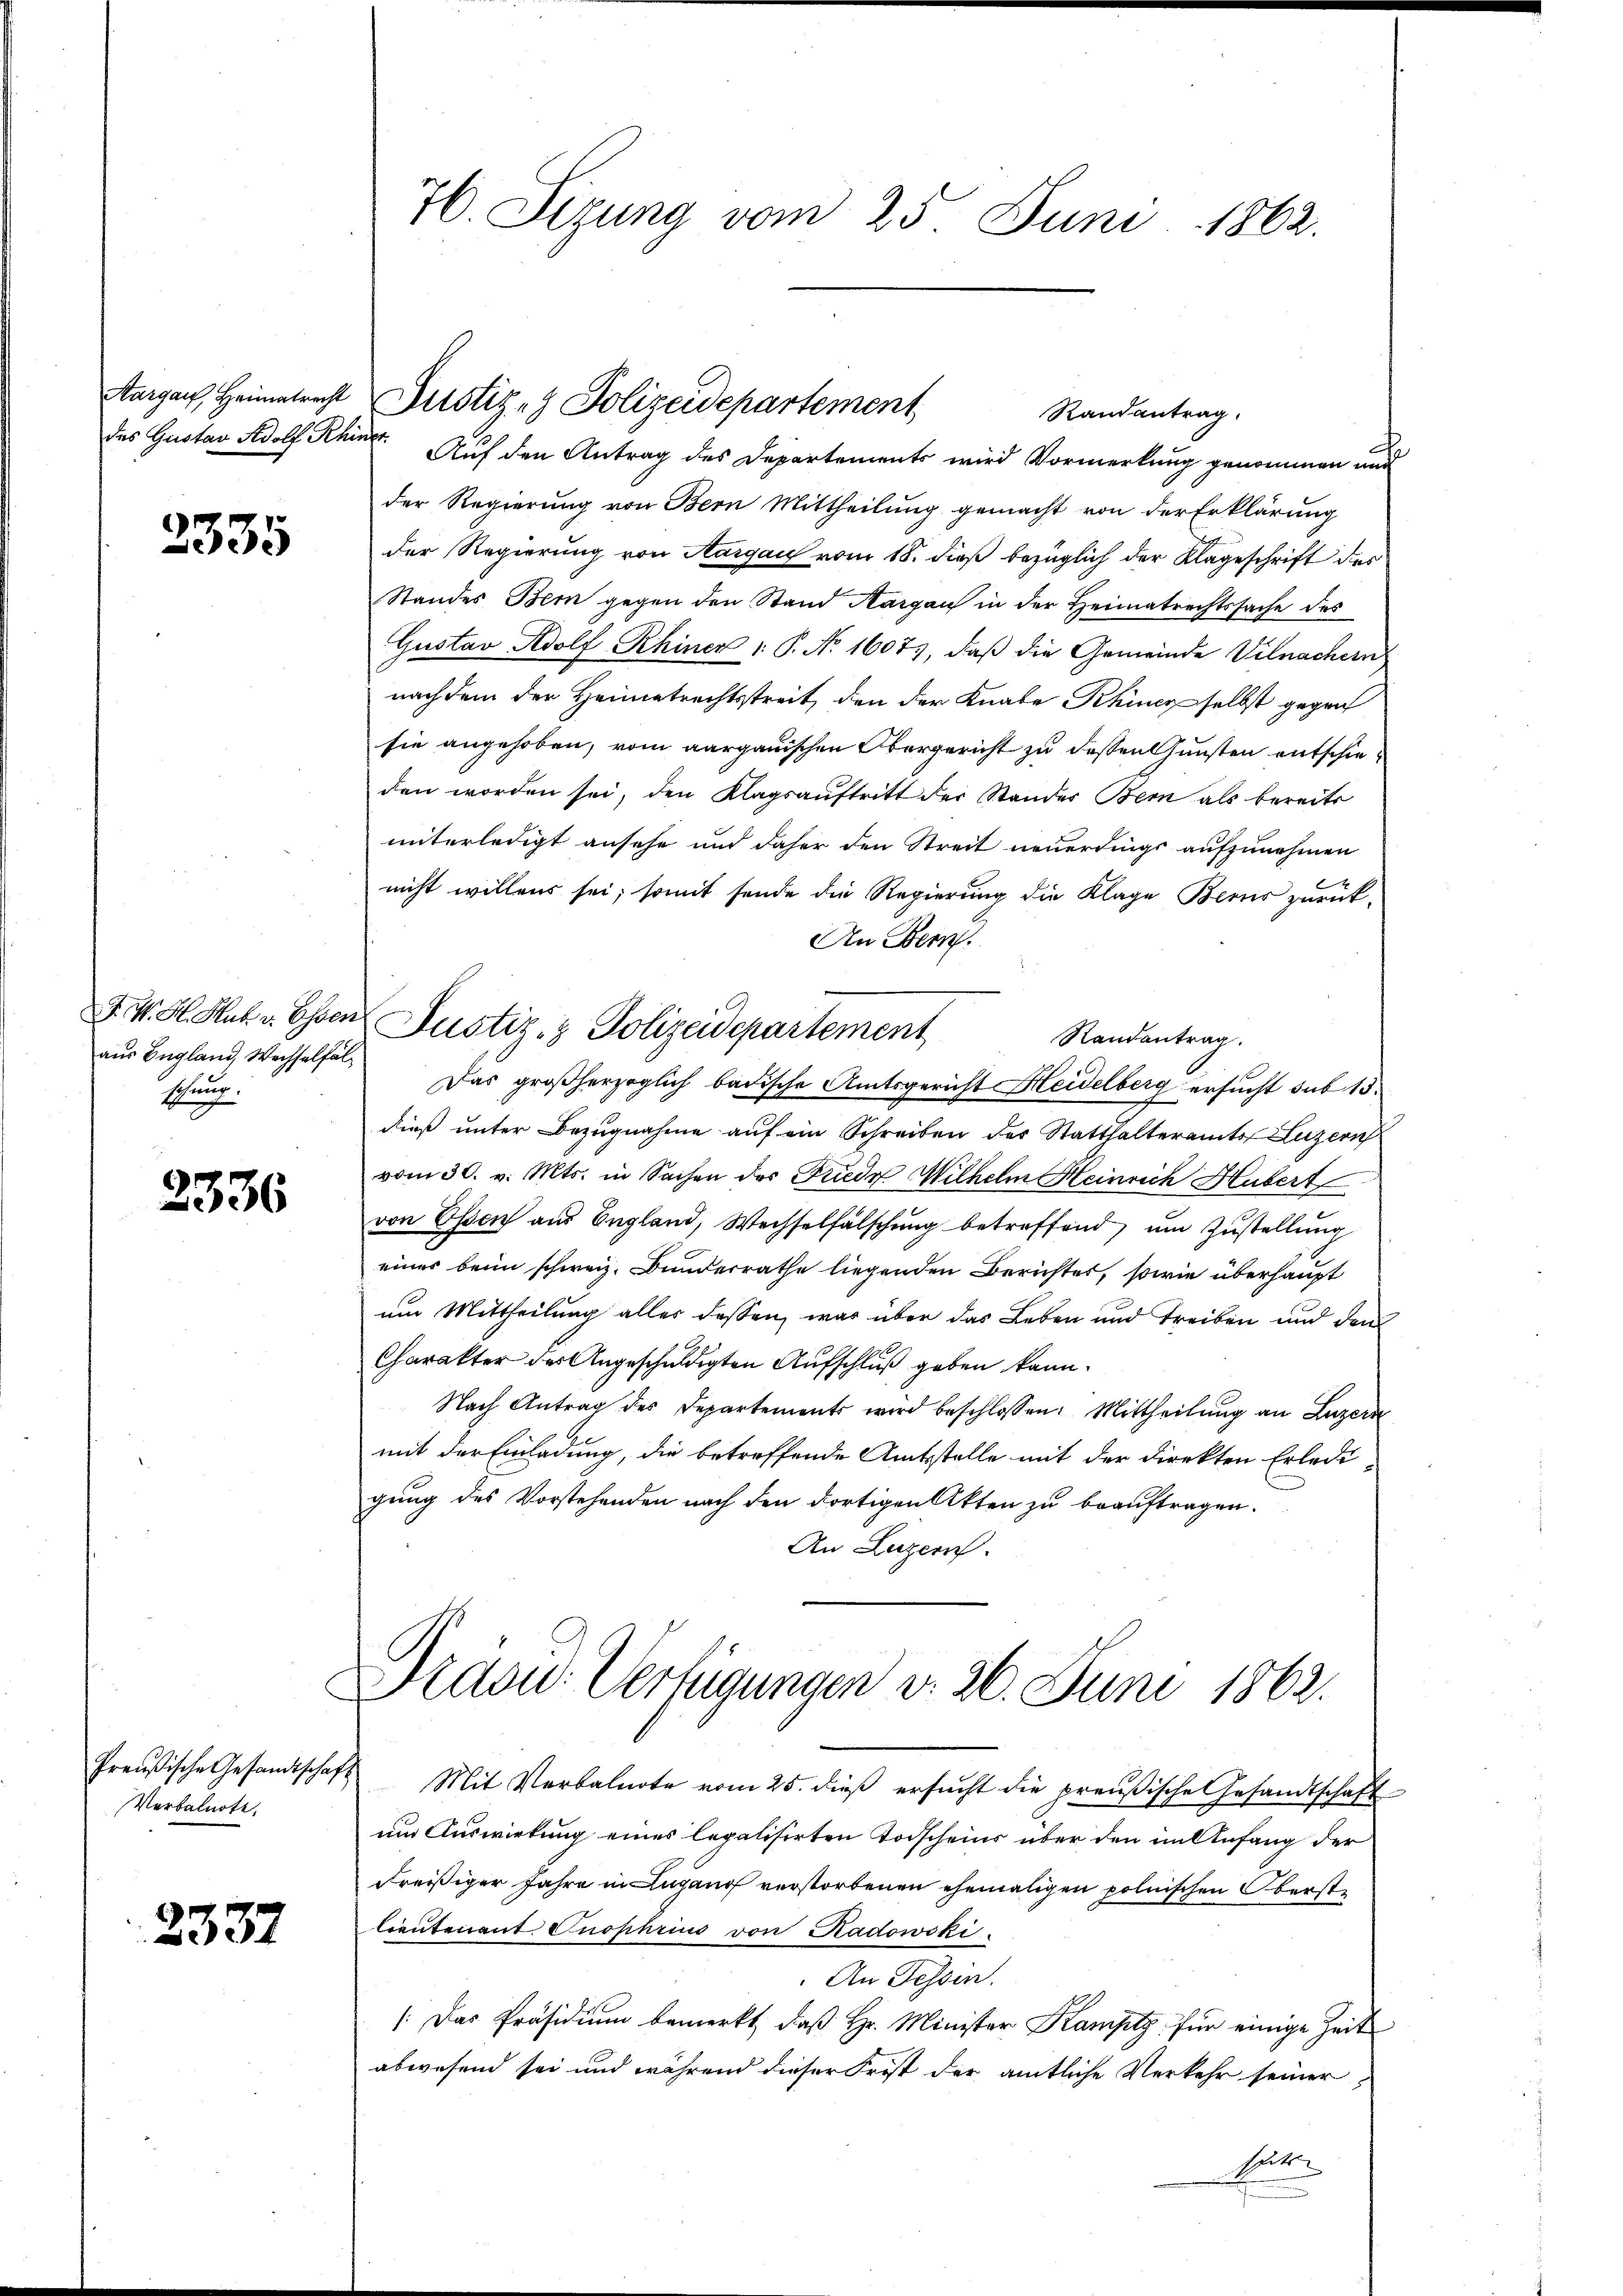
2335

aus England, Wachselfäl¬
Echung.

3336

Preußische Gesandtschaf
Verbalnote,

2337

76. Sizung vom 25. Juni 1862.

Aargau, Heimatrecht Justiz - Polizeidepartement

das Gustav Adolf Keiner Auf den Antrag des Departements wird Vormerkung genommen um
der Regierung von Bern Mittheilung gemacht von der Erklärung
der Regierung von Aargau vom 18. dieß bezüglich der Klageschrift des
Standes Bei gegen den Stand Aargau in der Heimatrechtssache des
Gustav Adolf Rhiner 1. P. No. 1607, daß die Gemeinde Vilnachern
nach dem der Heimatrechtstreit, den der Knabe Khiner selbst gegen
sie angehoben, vom aargauischen Obergericht zu dessen Gunsten entschieden worden sei, den Klagsauftritt der Stander Bern als bereits
unterledigt ansehe und daher den Streit neuerdings aufzunehmen
nicht willens sei, somit sende die Regierung die Klage Berns zurück-
An Bern.
Randantrag.
Das großherzoglich badische Amtsgericht Heidelberg ersucht sub 15.
dieß unter Bezugnahme auf ein Schreiben der Statthalteramt Luzern
vom 30. v. Mts. in Sachen des Friede Wilhelm Heinrich Hubert
von Essen aus England, Wechselfälschung betreffend um Zustellung
eines beim schweiz. Bunderrathe liegenden Berichtes, sowie überhaupt
um Mittheilung alles dessen, was über das Leben und Treiben und dem
Charakter des Angeschuldigten Aufschluß geben kann.
Nach Antrag des Departements wird beschlossen: Mittheilŭng an Luzern
mit der Einladung, die betreffende Amtsstelle mit der Direkten Erledigung des Vorstehenden nach den dortigen Akten zu beauftragen.
An Luzern.
Madw. Verfügungen v. 26. Juni 1862.
Mit Verbalnote vom 25. dieß ersucht die preußische Gesandtschaft
und Auswirkung eines legalisierten Todscheins über den im Anfang der
dreißiger Jahre in Lugano verstorbenen ehemaligen polnischen Oberste
lieutenant Onophrius von Kadowski
An Tessin.
[Das Präsidium bemerkt, daß Hr. Minister Kamptz für einige Zeit
abwesend sei und während dieser Frist der amtliche Verkehr seiner
heite

F. W. H. Hub. v. Essen Justiz- & Polizeidepartement

Randantrag.